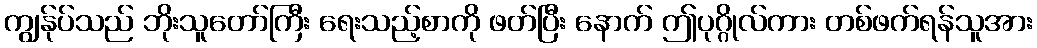
ကျွန်ုပ်သည် ဘိုးသူတော်ကြီး ရေးသည့်စာကို ဖတ်ပြီး နောက် ဤပုဂ္ဂိုလ်ကား တစ်ဖက်ရန်သူအား